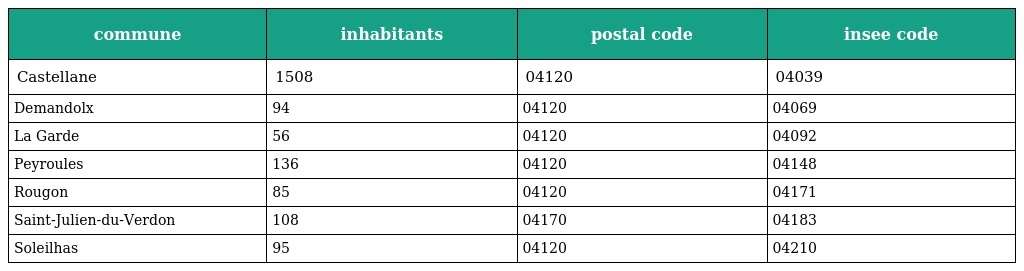
| commune | inhabitants | postal code | insee code |
 | --- | --- | --- | --- |
 | Castellane | 1508 | 04120 | 04039 |
 | Demandolx | 94 | 04120 | 04069 |
 | La Garde | 56 | 04120 | 04092 |
 | Peyroules | 136 | 04120 | 04148 |
 | Rougon | 85 | 04120 | 04171 |
 | Saint-Julien-du-Verdon | 108 | 04170 | 04183 |
 | Soleilhas | 95 | 04120 | 04210 |